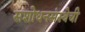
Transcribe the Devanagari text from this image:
संशोधनसंस्थेची